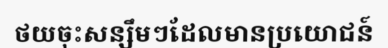
ថយចុះសន្សឹមៗដែលមានប្រយោជន៍